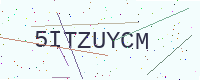
Text: 5ITZUYCM